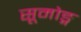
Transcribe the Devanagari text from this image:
सूमोङ्ग